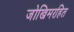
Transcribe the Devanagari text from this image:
जोखिमरहित